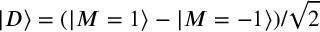
| D \rangle = ( | M = 1 \rangle - | M = - 1 \rangle ) / \sqrt { 2 }